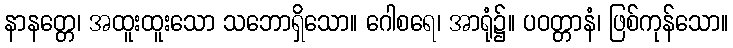
နာနတ္တေ၊ အထူးထူးသော သဘောရှိသော။ ဂေါစရေ၊ အာရုံ၌။ ပဝတ္တာနံ၊ ဖြစ်ကုန်သော။